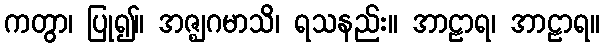
ကတွာ၊ ပြု၍။ အဇ္ဈဂမာသိ၊ ရသနည်း။ အာဠာရ၊ အာဠာရ။